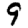
Digit: 9